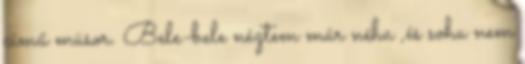
című müsor. Bele-bele néztem már néha ,és soha nem